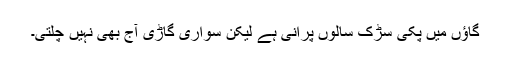
گاؤں میں پکّی سڑک سالوں پرانی ہے لیکن سواری گاڑی آج بھی نہیں چلتی۔